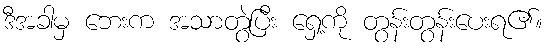
ဒီအခါမှ ဘေးက အသာတွဲပြီး ရှေ့ကို တွန်းတွန်းပေးရ၏။